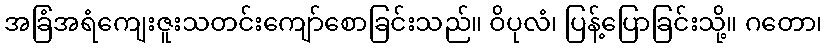
အခြံအရံကျေးဇူးသတင်းကျော်စောခြင်းသည်။ ဝိပုလံ၊ ပြန့်ပြောခြင်းသို့။ ဂတော၊